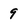
Character: 9